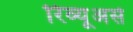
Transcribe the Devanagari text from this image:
रिव्यूअर्स